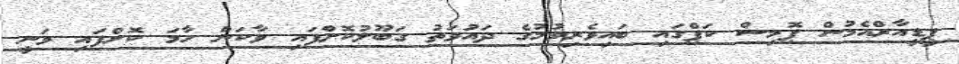
ޕީޑީއާރްއެމުން ޕޮމިސް ކަޕްގައި ބައިވެރިވުމުގެ ދައުވަތު ގަބޫލުކޮށްފައި ވާކަން ހާމަ ކޮށްފައި ވަނީ